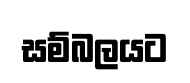
සම්බලයට